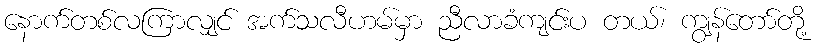
နောက်တစ်လကြာလျှင် အက်သလီဟမ်မှာ ညီလာခံကျင်းပ တယ်၊ ကျွန်တော်တို့